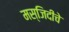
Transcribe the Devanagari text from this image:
मस्जिदीचे